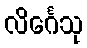
လိင်္ဂေသု